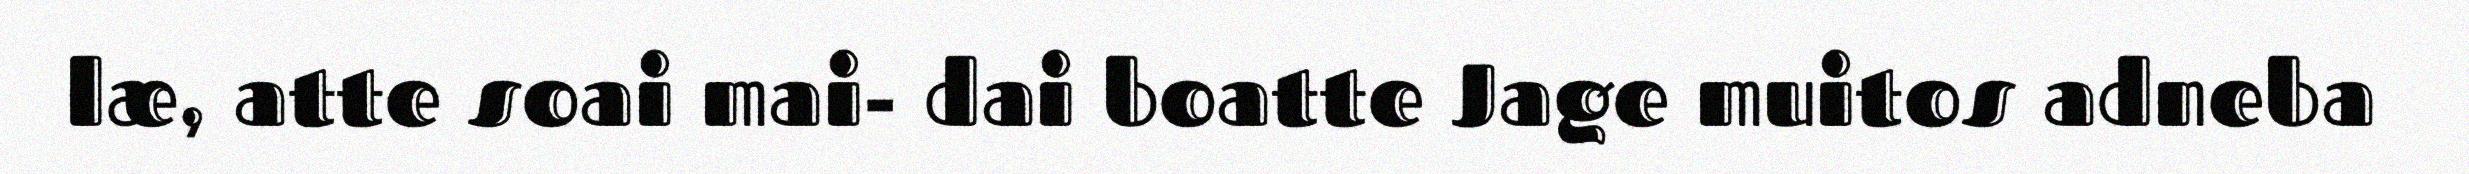
læ, atte soai mai- dai boatte Jage muitos adneba